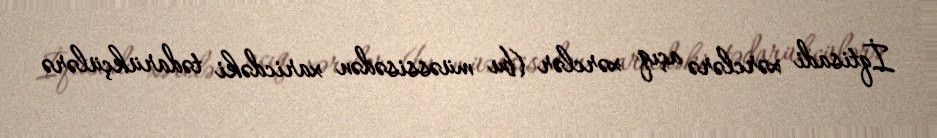
İqtisadi xərclərə açıq xərclər (bu müəssisədən xaricdəki tədarükçülərə